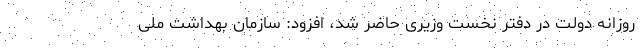
روزانه دولت در دفتر نخست وزیری حاضر شد، افزود: سازمان بهداشت ملی